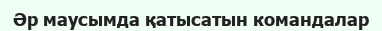
Әр маусымда қатысатын командалар